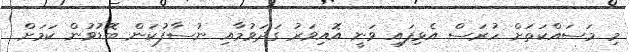
މި މަސައްކަތަށް ހުރަސް އެޅިފައި ވަނީ އޮއިވަރު ގަދަވުމާއި ނުސާފުކަން ބޮޑުވުން ކަމަށް